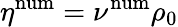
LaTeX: \eta^{\mathrm{num}}=\nu^{\mathrm{num}}\rho_{0}